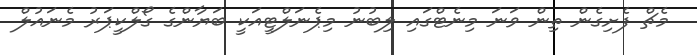
މެޗް ފެށިގެން ތިން ވަނަ މިނެޓްގައި ލިބުނު މިޕެނަލްޓީއަކީ ބަޔާންގެ ގޯލްކީޕަރު މެނައުލް